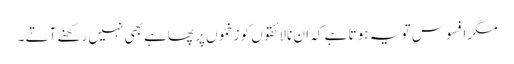
مگر افسوس تو یہ ہو تا ہے کہ ان نالائقوں کو زخموں پر پھاہے بھی نہیں رکھنے آتے ۔